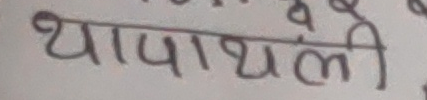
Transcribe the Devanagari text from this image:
थापाथली